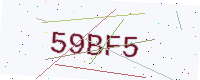
Text: 59BF5